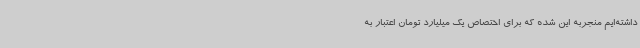
داشته‌ایم منجربه این شده که برای اختصاص یک میلیارد تومان اعتبار به